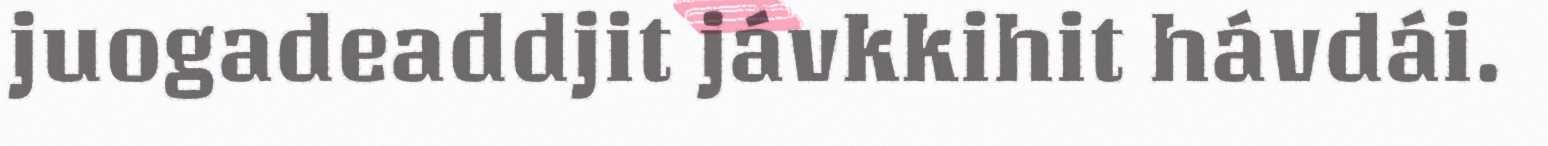
juogadeaddjit jávkkihit hávdái.